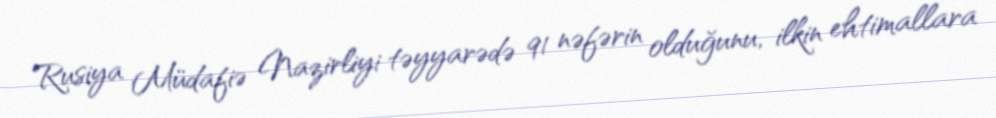
Rusiya Müdafiə Nazirliyi təyyarədə 91 nəfərin olduğunu, ilkin ehtimallara